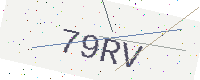
Text: 79RV